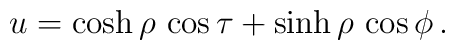
u = \cosh \rho  \, \cos \tau + \sinh \rho  \, \cos \phi \,  .